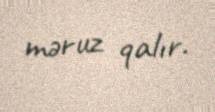
məruz qalır.